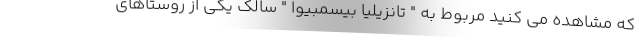
که مشاهده می کنید مربوط به " تانزیلیا بیسمبیوا " سالک یکی از روستاهای